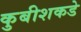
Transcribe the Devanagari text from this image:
कुबीशकडे